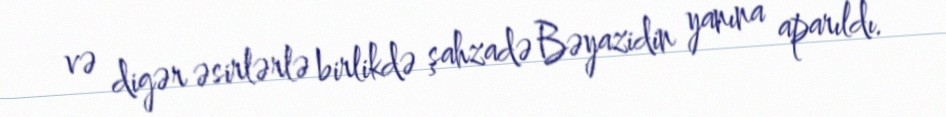
və digər əsirlərlə birlikdə şahzadə Bəyazidin yanına aparıldı.